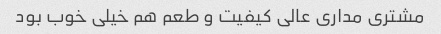
مشتری مداری عالی کیفیت و طعم هم خیلی خوب بود